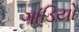
ગાડિયો